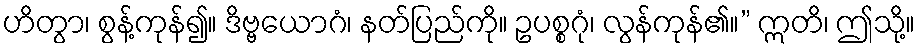
ဟိတွာ၊ စွန့်ကုန်၍။ ဒိဗ္ဗယောဂံ၊ နတ်ပြည်ကို။ ဥပစ္စဂုံ၊ လွန်ကုန်၏။” ဣတိ၊ ဤသို့။